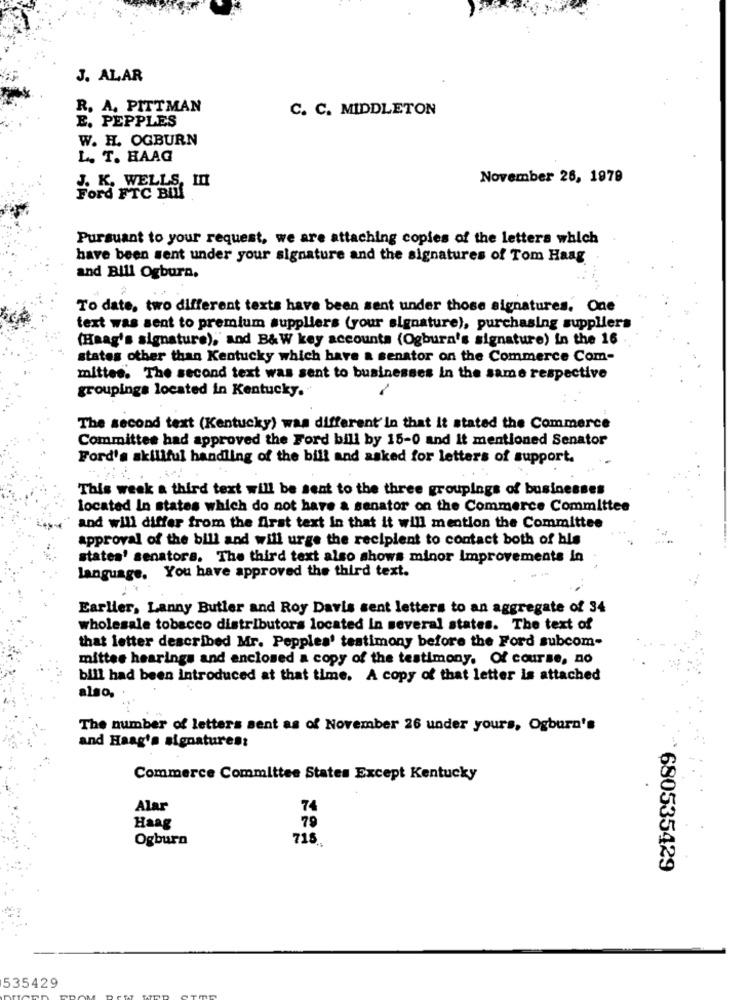
J. ALAR
R. A. PITTMAN
C. C. MIDDLETON
E. PEPPLES
W. H. OGBURN
L. T. HAAG
November 26, 1979
J. K. WELLS, In
Ford FTC BLI!
Pursuant to your request, we are attaching copies of the letters which
have been sent under your signature and the signatures of Tom Haag
and Bill Ogburn.
To date, two different texts have been sent under those signatures. One
text was sent to premium suppliers (your signature), purchasing suppliers
(Haag's signature), and B&W key accounts (Ogburn's signature) in the 16
states other than Kentucky which have a senator on the Commerce Com-
mittee. The second text was sent to businesses in the same respective
groupings located in Kentucky.
The second text (Kentucky) was different' in that it stated the Commerce
Committee had approved the Ford bill by 15-0 and It mentioned Senator
Ford's skillful handling of the bill and asked for letters of support.
This week a third text will be sent to the three groupings of businesses
located In states which do not have a senator on the Commerce Committee
and will differ from the first text in that it will mention the Committee
approval of the bill and will urge the recipient to contact both of his
states' senators. The third text also shows minor Improvements in
language. You have approved the third text.
Earlier, Lanny Butler and Roy Davis sent letters to an aggregate of 34
wholesale tobacco distributors located in several states. The text of
that letter described Mr. Pepples' testimony before the Ford subcom-
mittee hearings and enclosed a copy of the testimony. Of course, no
bill had been introduced at that time. A copy of that letter is attached
also,
The number of letters sent as of November 26 under yours, Ogburn's
and Haag's signatures:
Commerce Committee States Except Kentucky
Alar
74
Haag
79
Ogburn
715.
680535429
535429